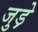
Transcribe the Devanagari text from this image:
जुड़े़